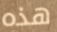
هذه